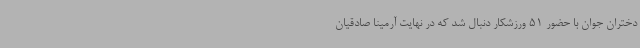
دختران جوان با حضور 51 ورزشکار دنبال شد که در نهایت آرمینا صادقیان